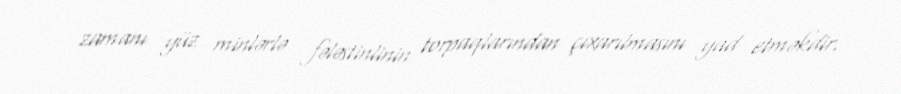
zamanı yüz minlərlə fələstinlinin torpaqlarından çıxarılmasını yad etməkdir.